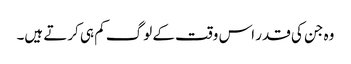
وہ جن کی قدر اس وقت کے لوگ کم ہی کرتے ہیں۔